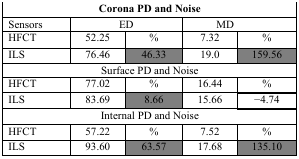
| <COLSPAN=5> Corona PD and Noise |
 | --- | --- | --- | --- | --- |
 | Sensors | <COLSPAN=2> ED | <COLSPAN=2> MD |
 | HFCT | 52.25 | % | 7.32 | % |
 | ILS | 76.46 | 46.33 | 19.0 | 159.56 |
 | <COLSPAN=5> Surface PD and Noise |
 | HFCT | 77.02 | % | 16.44 | % |
 | ILS | 83.69 | 8.66 | 15.66 | −4.74 |
 | <COLSPAN=5> Internal PD and Noise |
 | HFCT | 57.22 | % | 7.52 | % |
 | ILS | 93.60 | 63.57 | 17.68 | 135.10 |